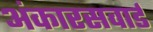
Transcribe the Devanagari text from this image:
अंकारसवार्ड